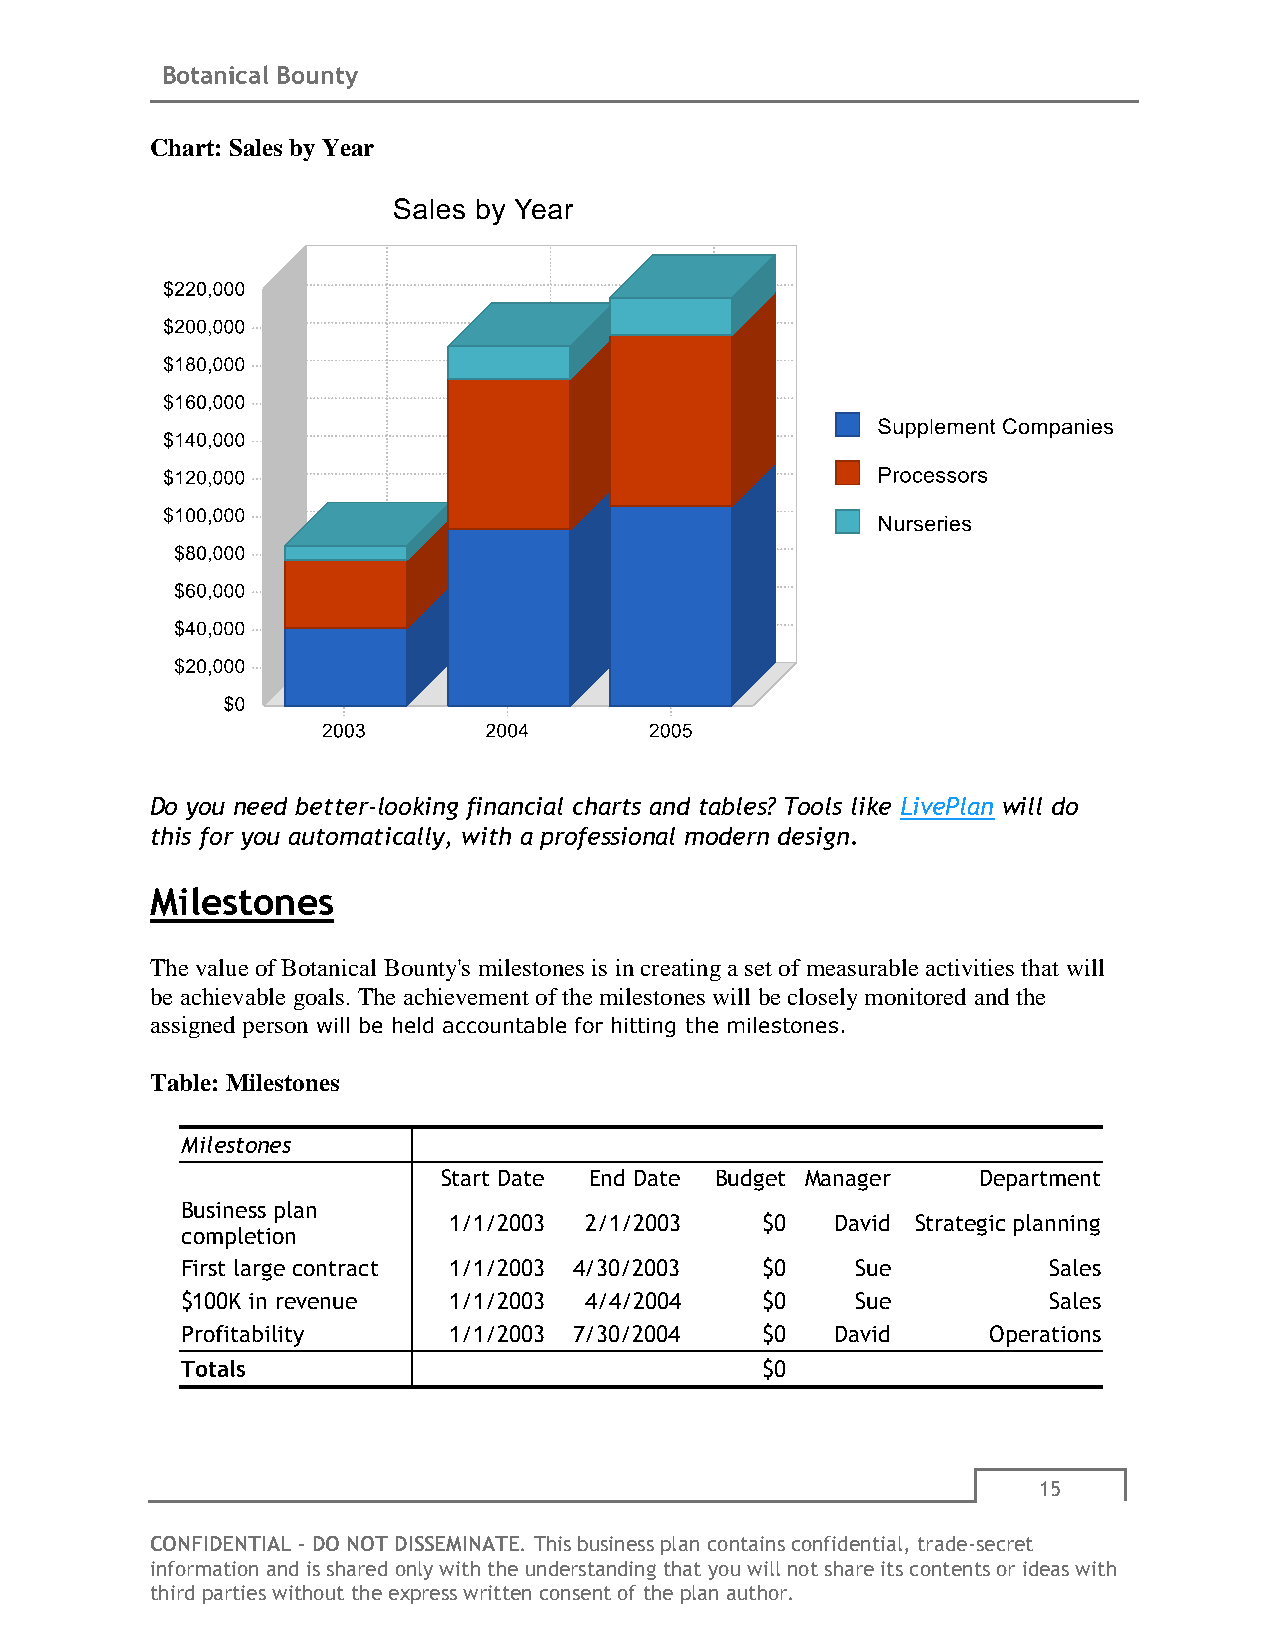
Botanical Bounty
 Chart: Sales by Year
 Do you need better-looking financial charts and tables? Tools like LivePlan will do
 this for you automatically, with a professional modern design.
 Milestones
 The value of Botanical Bounty's milestones is in creating a set of measurable activities that will
 be achievable goals. The achievement of the milestones will be closely monitored and the
 assigned person will be held accountable for hitting the milestones.
 Table: Milestones
 Milestones
 Start Date End Date Budget Manager  Department
 Business plan
 1/1/2003 2/1/2003   $0   David Strategic planning
 completion
 First large contract 1/1/2003 4/30/2003 $0   Sue         Sales
 $100K in revenue  1/1/2003 4/4/2004   $0     Sue         Sales
 Profitability     1/1/2003 7/30/2004  $0   David      Operations
 Totals                                $0
 15
 CONFIDENTIAL - DO NOT DISSEMINATE. This business plan contains confidential, trade-secret
 information and is shared only with the understanding that you will not share its contents or ideas with
 third parties without the express written consent of the plan author.